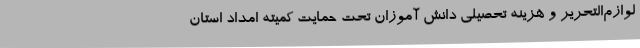
لوازم‌التحریر و هزینه تحصیلی دانش آموزان تحت حمایت کمیته امداد استان